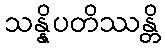
သန္နိပတိဿန္တိ